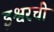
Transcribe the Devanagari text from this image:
इश्वरची